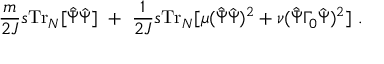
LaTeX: \frac { m } { 2 J } s \mathrm { T r } _ { N } [ { \hat { \bar { \Psi } } } { \hat { \Psi } } ] \ + \ \frac { 1 } { 2 J } s \mathrm { T r } _ { N } [ \mu ( { \hat { \bar { \Psi } } } { \hat { \Psi } } ) ^ { 2 } + \nu ( { \hat { \bar { \Psi } } } \Gamma _ { 0 } { \hat { \Psi } } ) ^ { 2 } ] \ .